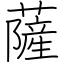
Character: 薩